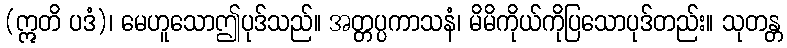
(ဣတိ ပဒံ)၊ မေဟူသောဤပုဒ်သည်။ အတ္တပ္ပကာသနံ၊ မိမိကိုယ်ကိုပြသောပုဒ်တည်း။ သုတန္တ